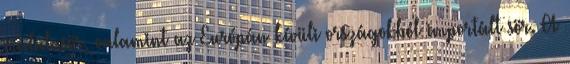
malátasör, valamint az Európán kívüli országokból importált sör. A